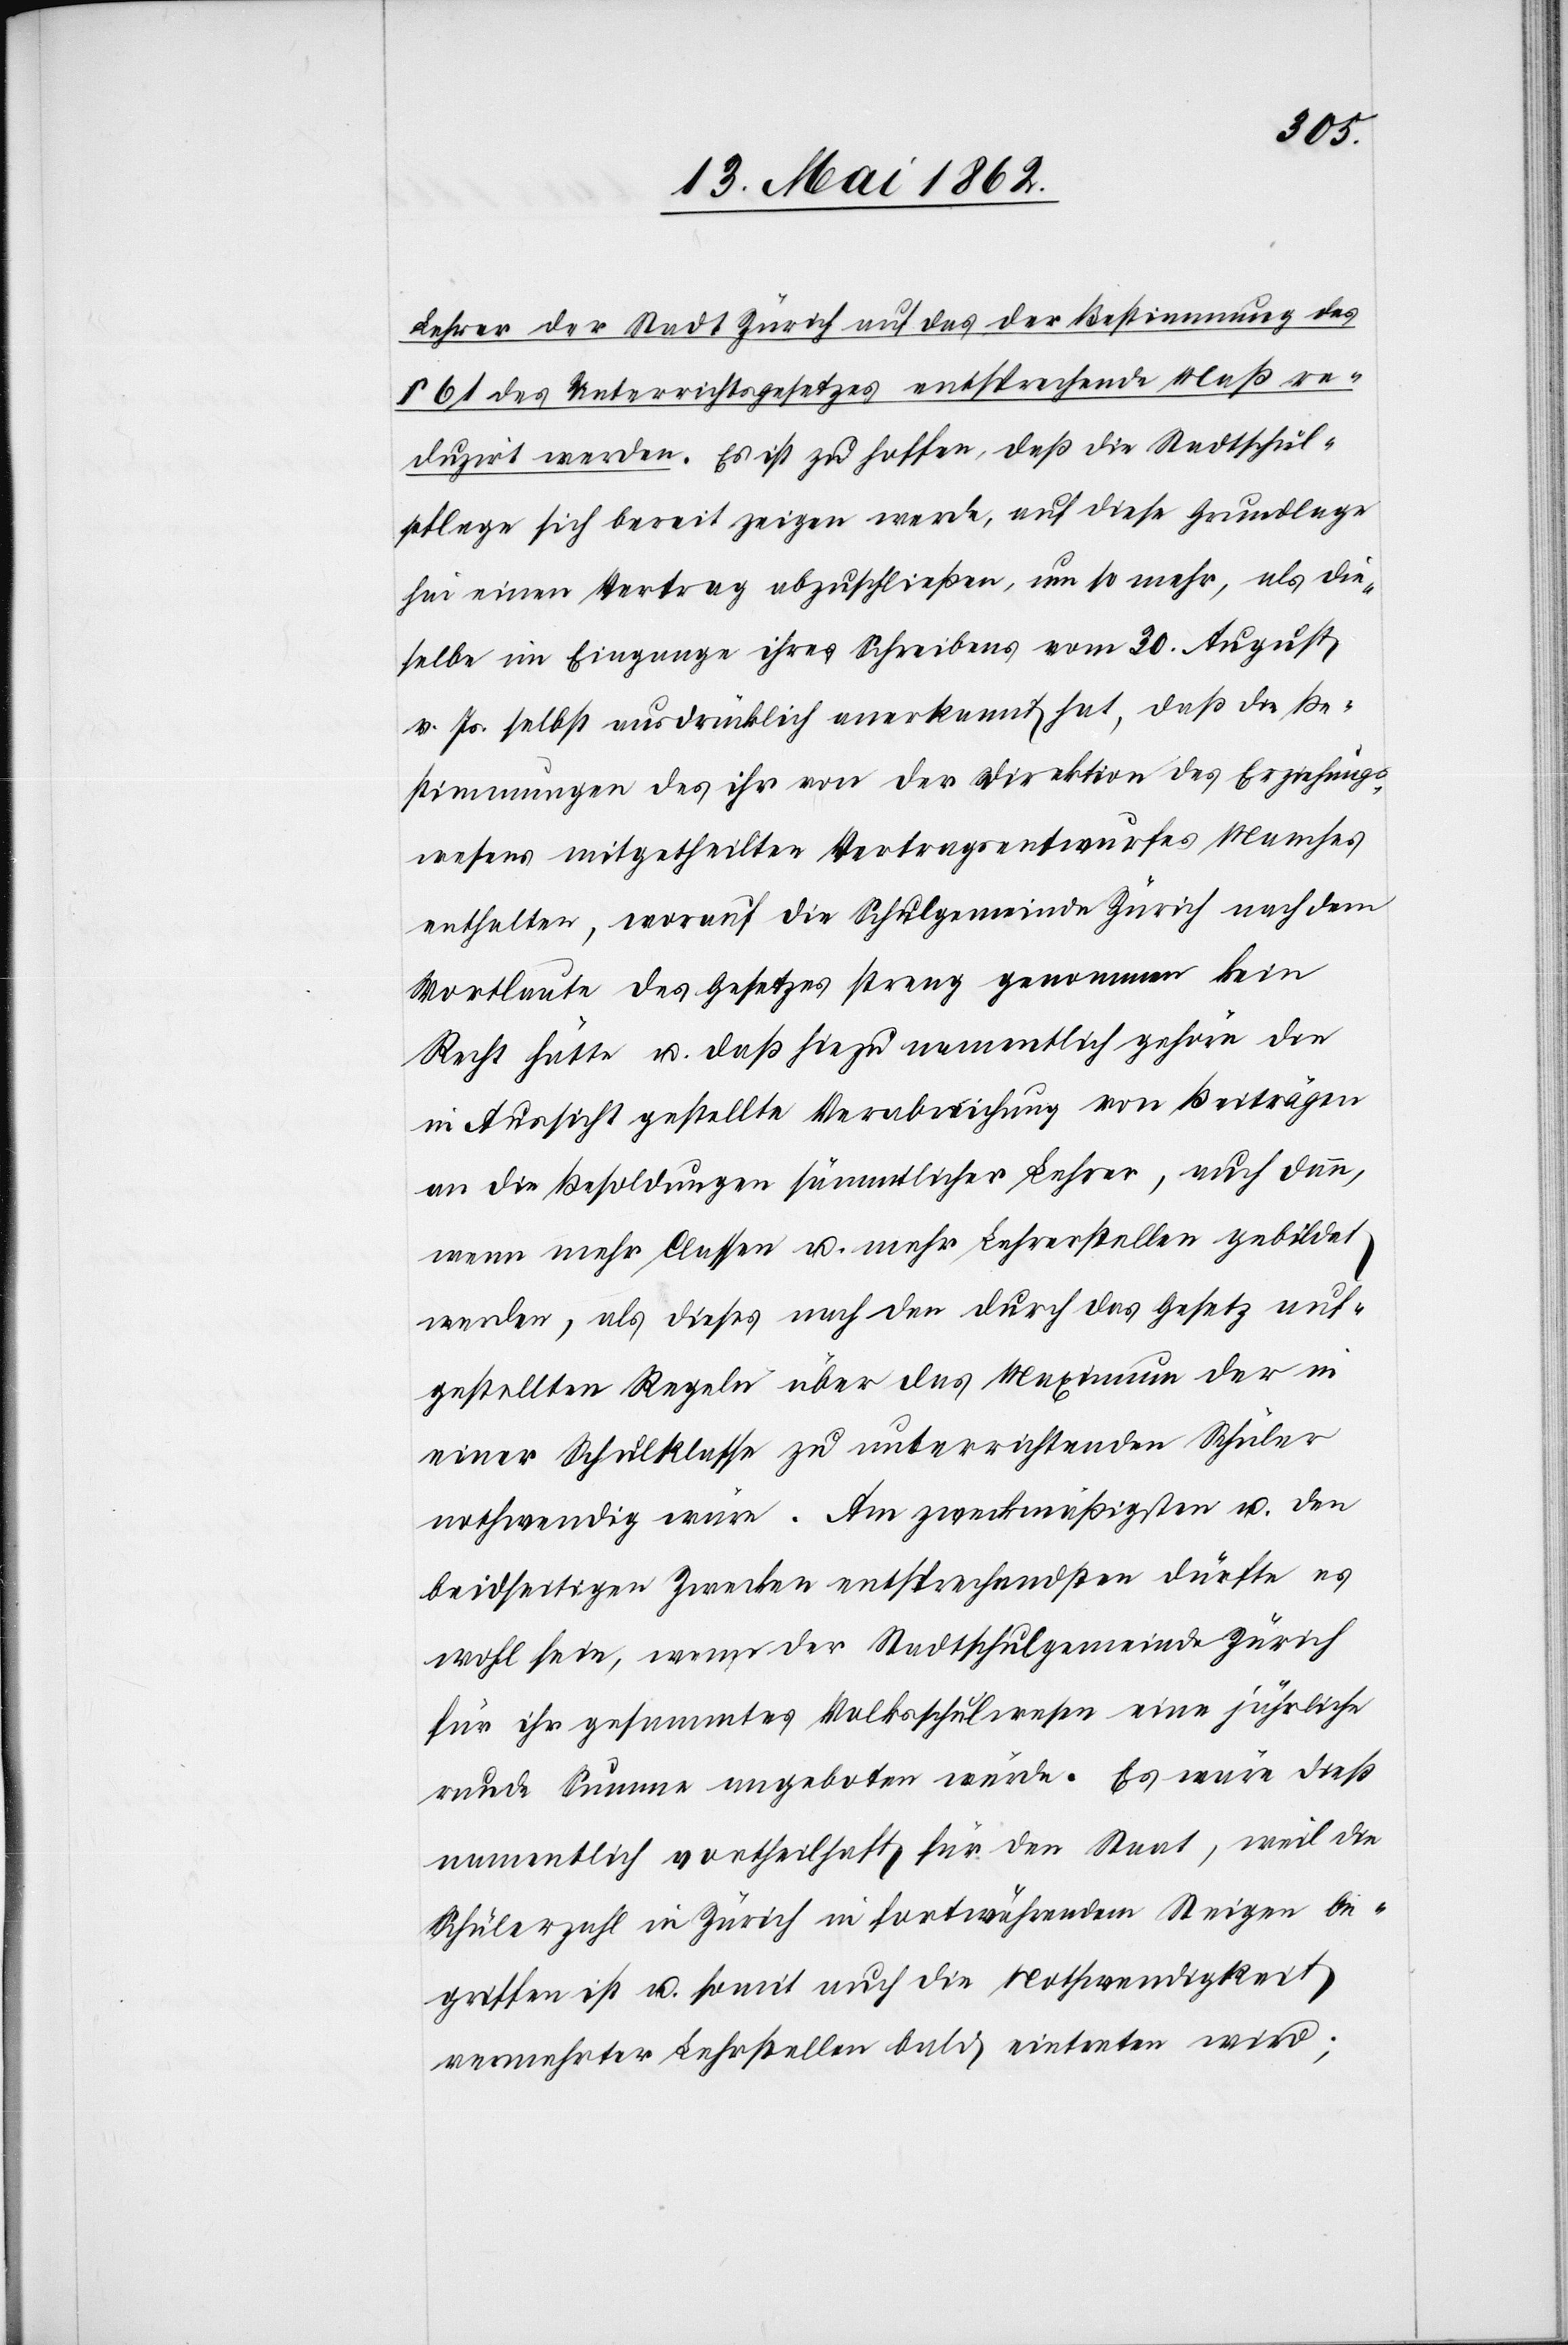
Lehrer der Stadt Zürich auf das der Bestimmung des
§ 61 des Unterrichtsgesetzes entsprechende Maße re¬
duzirt werden. Es ist zu hoffen, daß die Stadtschul¬
pflege sich bereit zeigen werde, auf diese Grundlage
hin einen Vertrag abzuschließen, um so mehr, als die¬
selbe im Eingange ihres Schreibens vom 30. August
v. Js. selbst ausdrücklich anerkannt hat, daß die Be¬
stimmungen des ihr von der Direktion des Erziehungs¬
wesens mitgetheilten Vertragsentwurfes Manches
enthalten, worauf die Schulgemeinde Zürich nach dem
Wortlaute des Gesetzes streng genommen kein
Recht hätte u. daß hiezu namentlich gehöre die
in Aussicht gestellte Verabreichung von Beiträgen
an die Besoldungen sämmtlicher Lehrer, auch dann,
wenn mehr Classen u. mehr Lehrerstellen gebildet
werden, als dieses nach den durch das Gesetz auf¬
gestellten Regeln über das Maximum der in
einer Schulkasse zu unterrichtenden Schüler
nothwendig wäre. am zweckmäßigsten u. den
beidseitigen Zwecken entsprechendsten dürfte es
wohl sein, wenn der Stadtschulgemeinde Zürich
für ihr gesammtes Volksschulwesen eine jährliche
runde Summe angeboten würde. Es wäre dieß
namentlich vortheilhaft für den Staat, weil die
Schülerzahl in Zürich in fortwährendem Steigen be¬
griffen ist u. somit auch die Nothwendigkeit
vermehrter Lehrstellen bald eintreten wird;